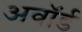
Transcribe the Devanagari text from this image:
अवाॅर्ड